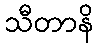
သီတာနိ